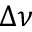
\Delta \nu